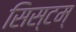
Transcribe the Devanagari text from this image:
सिस्टम्